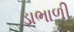
ડાભાળી